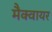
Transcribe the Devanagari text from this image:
मैक्वायर